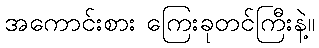
အကောင်းစား ကြေးခုတင်ကြီးနဲ့။